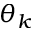
\theta _ { k }